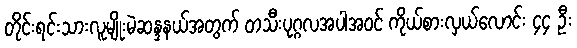
တိုင်းရင်းသားလူမျိုးမဲဆန္ဒနယ်အတွက် တသီးပုဂ္ဂလအပါအဝင် ကိုယ်စားလှယ်လောင်း ၄၄ ဦး